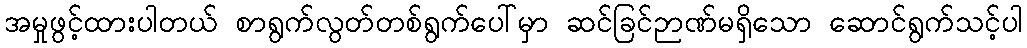
အမှုဖွင့်ထားပါတယ် စာရွက်လွတ်တစ်ရွက်ပေါ်မှာ ဆင်ခြင်ဉာဏ်မရှိသော ဆောင်ရွက်သင့်ပါ